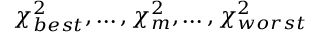
\chi _ { b e s t } ^ { 2 } , \ldots , \chi _ { m } ^ { 2 } , \ldots , \chi _ { w o r s t } ^ { 2 }